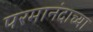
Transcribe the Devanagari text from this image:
परमानंदाच्या